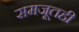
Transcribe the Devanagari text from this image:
समजूतही